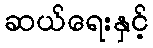
ဆယ်ရေးနှင့်